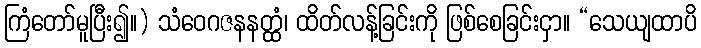
ကြံတော်မူပြီး၍။) သံဝေဂဇနနတ္ထံ၊ ထိတ်လန့်ခြင်းကို ဖြစ်စေခြင်းငှာ။ “သေယျထာပိ